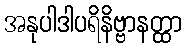
အနုပါဒါပရိနိဗ္ဗာနတ္ထာ